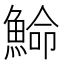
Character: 𩸍